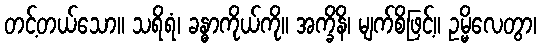
တင့်တယ်သော။ သရိရံ၊ ခန္ဓာကိုယ်ကို။ အက္ခိနိ၊ မျက်စိဖြင့်။ ဥမ္မိလေတွာ၊